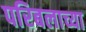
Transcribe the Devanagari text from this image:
परिबलाच्या